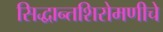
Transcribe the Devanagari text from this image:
सिद्धान्तशिरोमणीचे